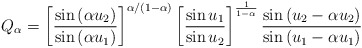
\begin{align*}Q_\alpha = \left[\frac{\sin\left(\alpha u_2\right)}{\sin\left(\alpha u_1\right)}\right]^{\alpha/(1-\alpha)}\left[\frac{\sin u_1}{\sin u_2}\right]^{\frac{1}{1-\alpha}} \frac{\sin\left( u_2 - \alpha u_2\right)}{\sin\left( u_1 - \alpha u_1\right)}\end{align*}